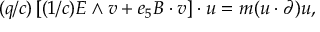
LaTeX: ( q / c ) \left[ ( 1 / c ) E \wedge v + e _ { 5 } B \cdot v \right] \cdot u = m ( u \cdot \partial ) u ,